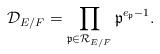
LaTeX: \begin{align*}\mathcal D_{E/F} = \prod_{\mathfrak p \in \mathcal R_{E/F}} \mathfrak p^{e_{\mathfrak p} - 1}.\end{align*}